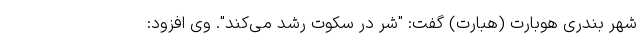
شهر بندری هوبارت (هبارت) گفت: "شَّر در سکوت رشد می‌کند". وی افزود: